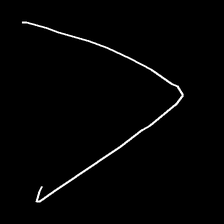
Glyph: region